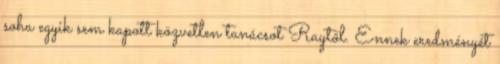
soha egyik sem kapott közvetlen tanácsot Raytől. Ennek eredményét